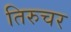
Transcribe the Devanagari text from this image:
तिरुचर